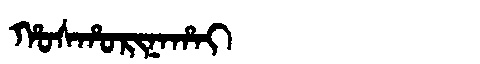
Manchu: ᡥᠣᠰᡥᠣᡵᡳᠨᠠᡥᠠᡳ
Romanization: HOSHORINAHAI